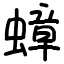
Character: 蟑